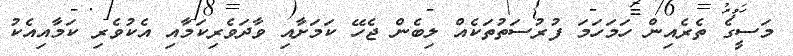
މަސީގެ ތެރެއިން ހަމަހަމަ ފުރުސަތުތަކެއް ލިބެން ޖެހޭ ކަމަށާއި ވާދަވެރިކަމާއި އެކުވެރި ކަމާއިއެކު